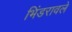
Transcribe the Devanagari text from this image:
भिंडरावले